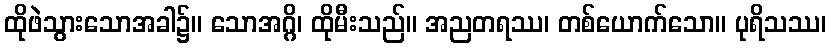
ထိုဖဲသွားသောအခါ၌။ သောအဂ္ဂိ၊ ထိုမီးသည်။ အညတရဿ၊ တစ်ယောက်သော။ ပုရိသဿ၊